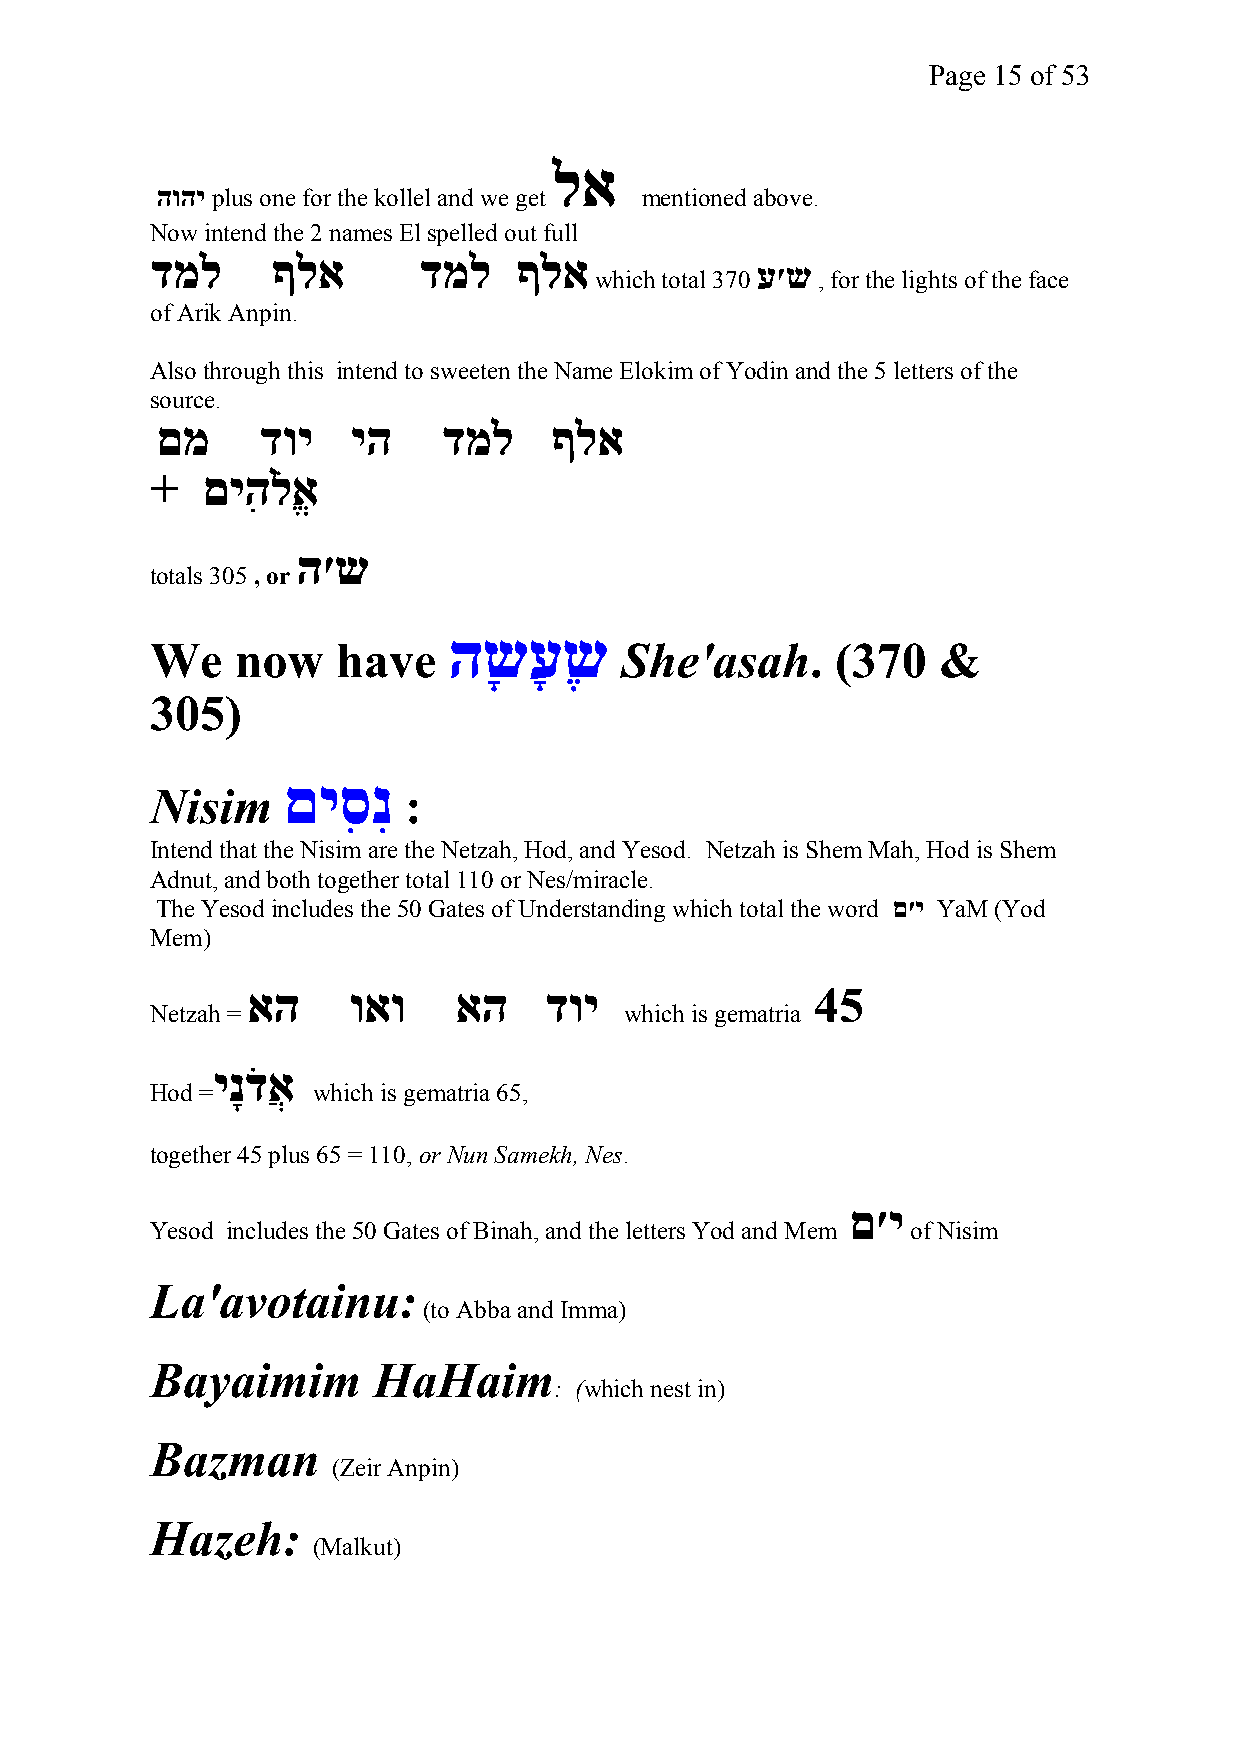
Page 15 of 53
 לא
 הוהי plus one for the kollel and we get mentioned above.
 Now intend the 2 names El spelled out full
 דמל     ףלא       דמל   ףלא
 ע׳ש
 which total 370 , for the lights of the face
 of Arik Anpin.
 Also through this intend to sweeten the Name Elokim of Yodin and the 5 letters of the
 source.
 םמ     דוי   יה    דמל    ףלא
 +  םיהִ לֹאֱ
 ה׳ש
 totals 305 , or
 השָ  עָ שֶ
 We    now   have               She'asah.     (370   &
 305)
 םיסִ  נִ
 Nisim            :
 Intend that the Nisim are the Netzah, Hod, and Yesod. Netzah is Shem Mah, Hod is Shem
 Adnut, and both together total 110 or Nes/miracle.
 The Yesod includes the 50 Gates of Understanding which total the word ם׳י YaM (Yod
 Mem)
 אה     ואו    אה    דוי               45
 Netzah =                       which is gematria
 ינָדֹ אֲ
 Hod =      which is gematria 65,
 together 45 plus 65 = 110, or Nun Samekh, Nes.
 ם׳י
 Yesod includes the 50 Gates of Binah, and the letters Yod and Mem of Nisim
 La'avotainu:
 (to Abba and Imma)
 Bayaimim       HaHaim
 : (which nest in)
 Bazman
 (Zeir Anpin)
 Hazeh:
 (Malkut)